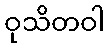
ဝုသိတဝါ